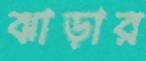
ঝাড়ার